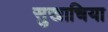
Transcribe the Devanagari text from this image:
सुखाचिया